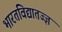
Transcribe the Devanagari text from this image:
भारतविद्यातज्ज्ञ